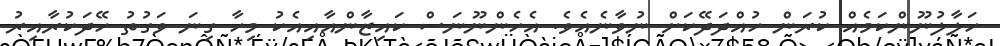
ހަލާލުނޫންކަމެއް ކުރަން ހުއްދަދޭކަށް ނުވާނެއެވެ. އެހެންނޫނަސް ކައިޒާންއާއިއެކު މިހާ ގިނަ ވަގުތު ހޭދަކުރާއިރު